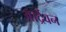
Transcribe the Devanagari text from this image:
आर्द्रवन